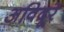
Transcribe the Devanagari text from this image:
अविदूरे